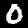
Label: 0